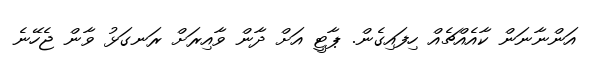
އަންނާނަން ކާއެއްޗެއް ހިފައިގެން. ޕާޓީ އަށް ދާން ވާއިރަށް ރަނގަޅު ވާން ޖެހޭނެ